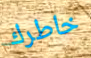
خاطرك